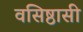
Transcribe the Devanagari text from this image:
वसिष्ठासी